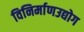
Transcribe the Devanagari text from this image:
विनिर्माणउद्योग